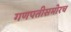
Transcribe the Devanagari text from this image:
गणपतीसमोरच